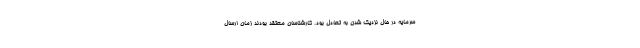
سرمایه در حال نزدیک شدن به تعادل بود. کارشناسان معتقد بودند زمان ارسال